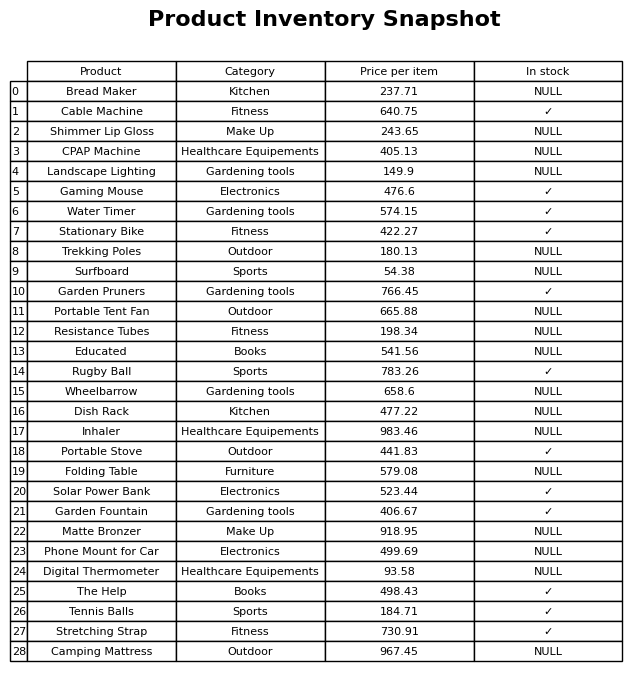
question: What is the price for Portable Tent Fan?
answer: The price of Portable Tent Fan is 665.88.